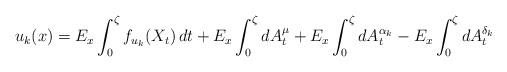
LaTeX: \begin{align*}u_k(x)=E_{x}\int_0^{\zeta}f_{u_k}(X_t)\,dt+E_x\int_0^{\zeta}dA^{\mu}_t+E_x\int_0^{\zeta}dA^{\alpha_k}_t-E_x\int_0^{\zeta}dA^{\delta_k}_t\end{align*}